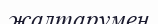
жалтарумен